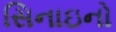
સિનાઇનો